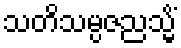
သတိသမ္ပဇညသ္မိံ